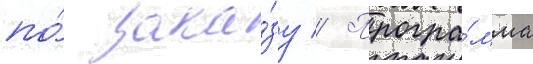
по́ зака́зу // Програ́мма